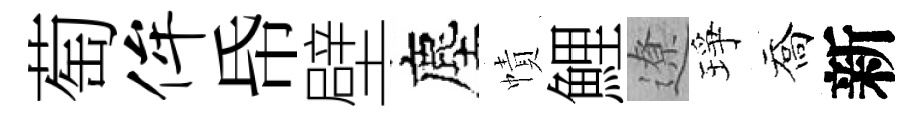
萄侔帋壁塵幘鯉遼琤喬新